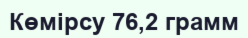
Көмірсу 76,2 грамм